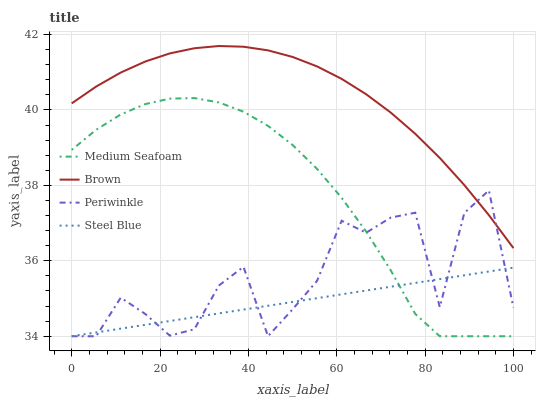
| xaxis_label | Medium Seafoam | Brown | Periwinkle | Steel Blue |
 | --- | --- | --- | --- | --- |
 | 0 | 38.9 | 40.2 | 34 | 34 |
 | 5.56 | 39.5 | 40.6 | 34 | 34.1 |
 | 11.1 | 39.9 | 41 | 35 | 34.2 |
 | 16.7 | 40.2 | 41.3 | 34.6 | 34.3 |
 | 22.2 | 40.3 | 41.5 | 34 | 34.4 |
 | 27.8 | 40.3 | 41.6 | 34.2 | 34.5 |
 | 33.3 | 40.2 | 41.7 | 35.3 | 34.6 |
 | 38.9 | 40 | 41.7 | 35.8 | 34.7 |
 | 44.4 | 39.6 | 41.6 | 34 | 34.8 |
 | 50 | 39.1 | 41.4 | 34.7 | 34.9 |
 | 55.6 | 38.4 | 41.2 | 35.5 | 35 |
 | 61.1 | 37.7 | 40.8 | 37.1 | 35.1 |
 | 66.7 | 36.8 | 40.4 | 36.7 | 35.2 |
 | 72.2 | 35.7 | 39.9 | 37.1 | 35.3 |
 | 77.8 | 34.6 | 39.4 | 37.3 | 35.4 |
 | 83.3 | 34 | 38.7 | 34.8 | 35.5 |
 | 88.9 | 34 | 38 | 37.3 | 35.6 |
 | 94.4 | 34 | 37.2 | 37.9 | 35.7 |
 | 100 | 34 | 36.3 | 34.8 | 35.8 |